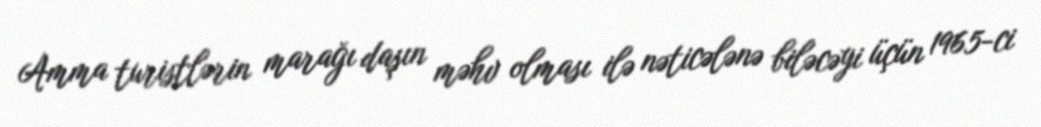
Amma turistlərin marağı daşın məhv olması ilə nəticələnə biləcəyi üçün 1965-ci